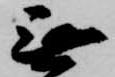
無